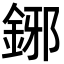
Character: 鋣